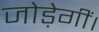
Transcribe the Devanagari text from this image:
जोड़ेगीं।